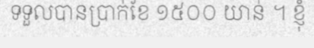
ទទួលបានប្រាក់ខែ ១៥០០ យាន់ ។ ខ្ញុំ